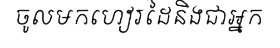
ចូលមកហៀរដៃនិងជាអ្នក